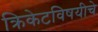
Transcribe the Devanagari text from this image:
क्रिकेटविषयीचे